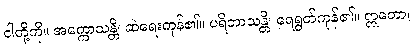
ငါတို့ကို။ အက္ကောသန္တိ၊ ဆဲရေးကုန်၏။ ပရိဘာသန္တိ၊ ရေရွတ်ကုန်၏။ ဣတော၊